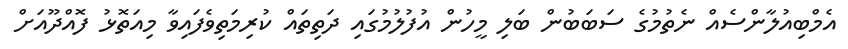
އެމްބިއުލާންސެއް ނެތުމުގެ ސަބަބުން ބަލި މީހުން އުފުލުމުގައި ދަތިތައް ކުރިމަތިވެފައިވާ މިއަތޮޅު ފޮއްދޫއަށް